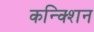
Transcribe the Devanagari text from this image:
कन्क्शिन